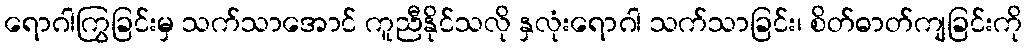
ရောဂါကြွခြင်းမှ သက်သာအောင် ကူညီနိုင်သလို နှလုံးရောဂါ သက်သာခြင်း၊ စိတ်ဓာတ်ကျခြင်းကို